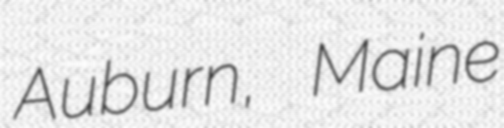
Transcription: Auburn, Maine